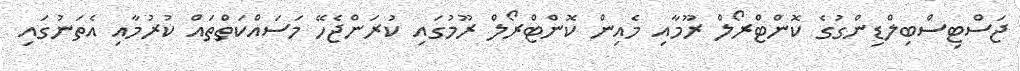
ޖަސްޓިސްބިލްޑިންގުގެ ކޮންޓްރޯލް ރޫމާއި މެއިން ކޮންޓްރޯލް ރޫމުގައި ކުރަންޖެހޭ މަސައްކަތްތައް ކުރުމާއި އެތަނުގައި